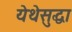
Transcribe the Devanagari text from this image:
येथेसुद्धा